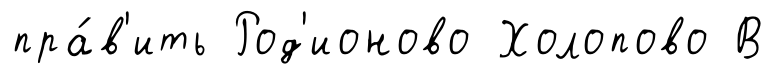
пра́в'ить Род'ионово Холопово В